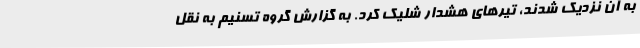
به آن نزدیک شدند، تیرهای هشدار شلیک کرد. به گزارش گروه تسنیم به نقل